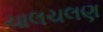
ચાલચલણ